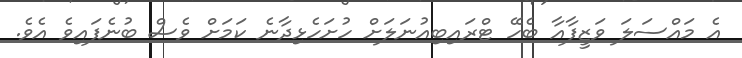
އެ މައްސަލަ ވަޒީފާއާ ބެހޭ ޓްރައިބިއުނަލަށް ހުށަހެޅިދާނެ ކަމަށް ވެސް ބުނެފައިވެ އެވެ.